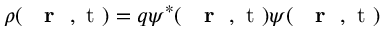
\rho ( \mathrm { ~ { ~ \bf ~ r ~ } ~ , ~ t ~ } ) = q \psi ^ { * } ( \mathrm { ~ { ~ \bf ~ r ~ } ~ , ~ t ~ } ) \psi ( \mathrm { ~ { ~ \bf ~ r ~ } ~ , ~ t ~ } )